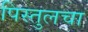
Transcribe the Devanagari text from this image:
पिस्तुलचा